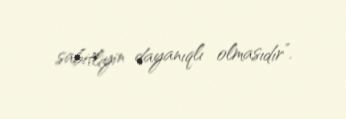
sabitliyin dayanıqlı olmasıdır”.